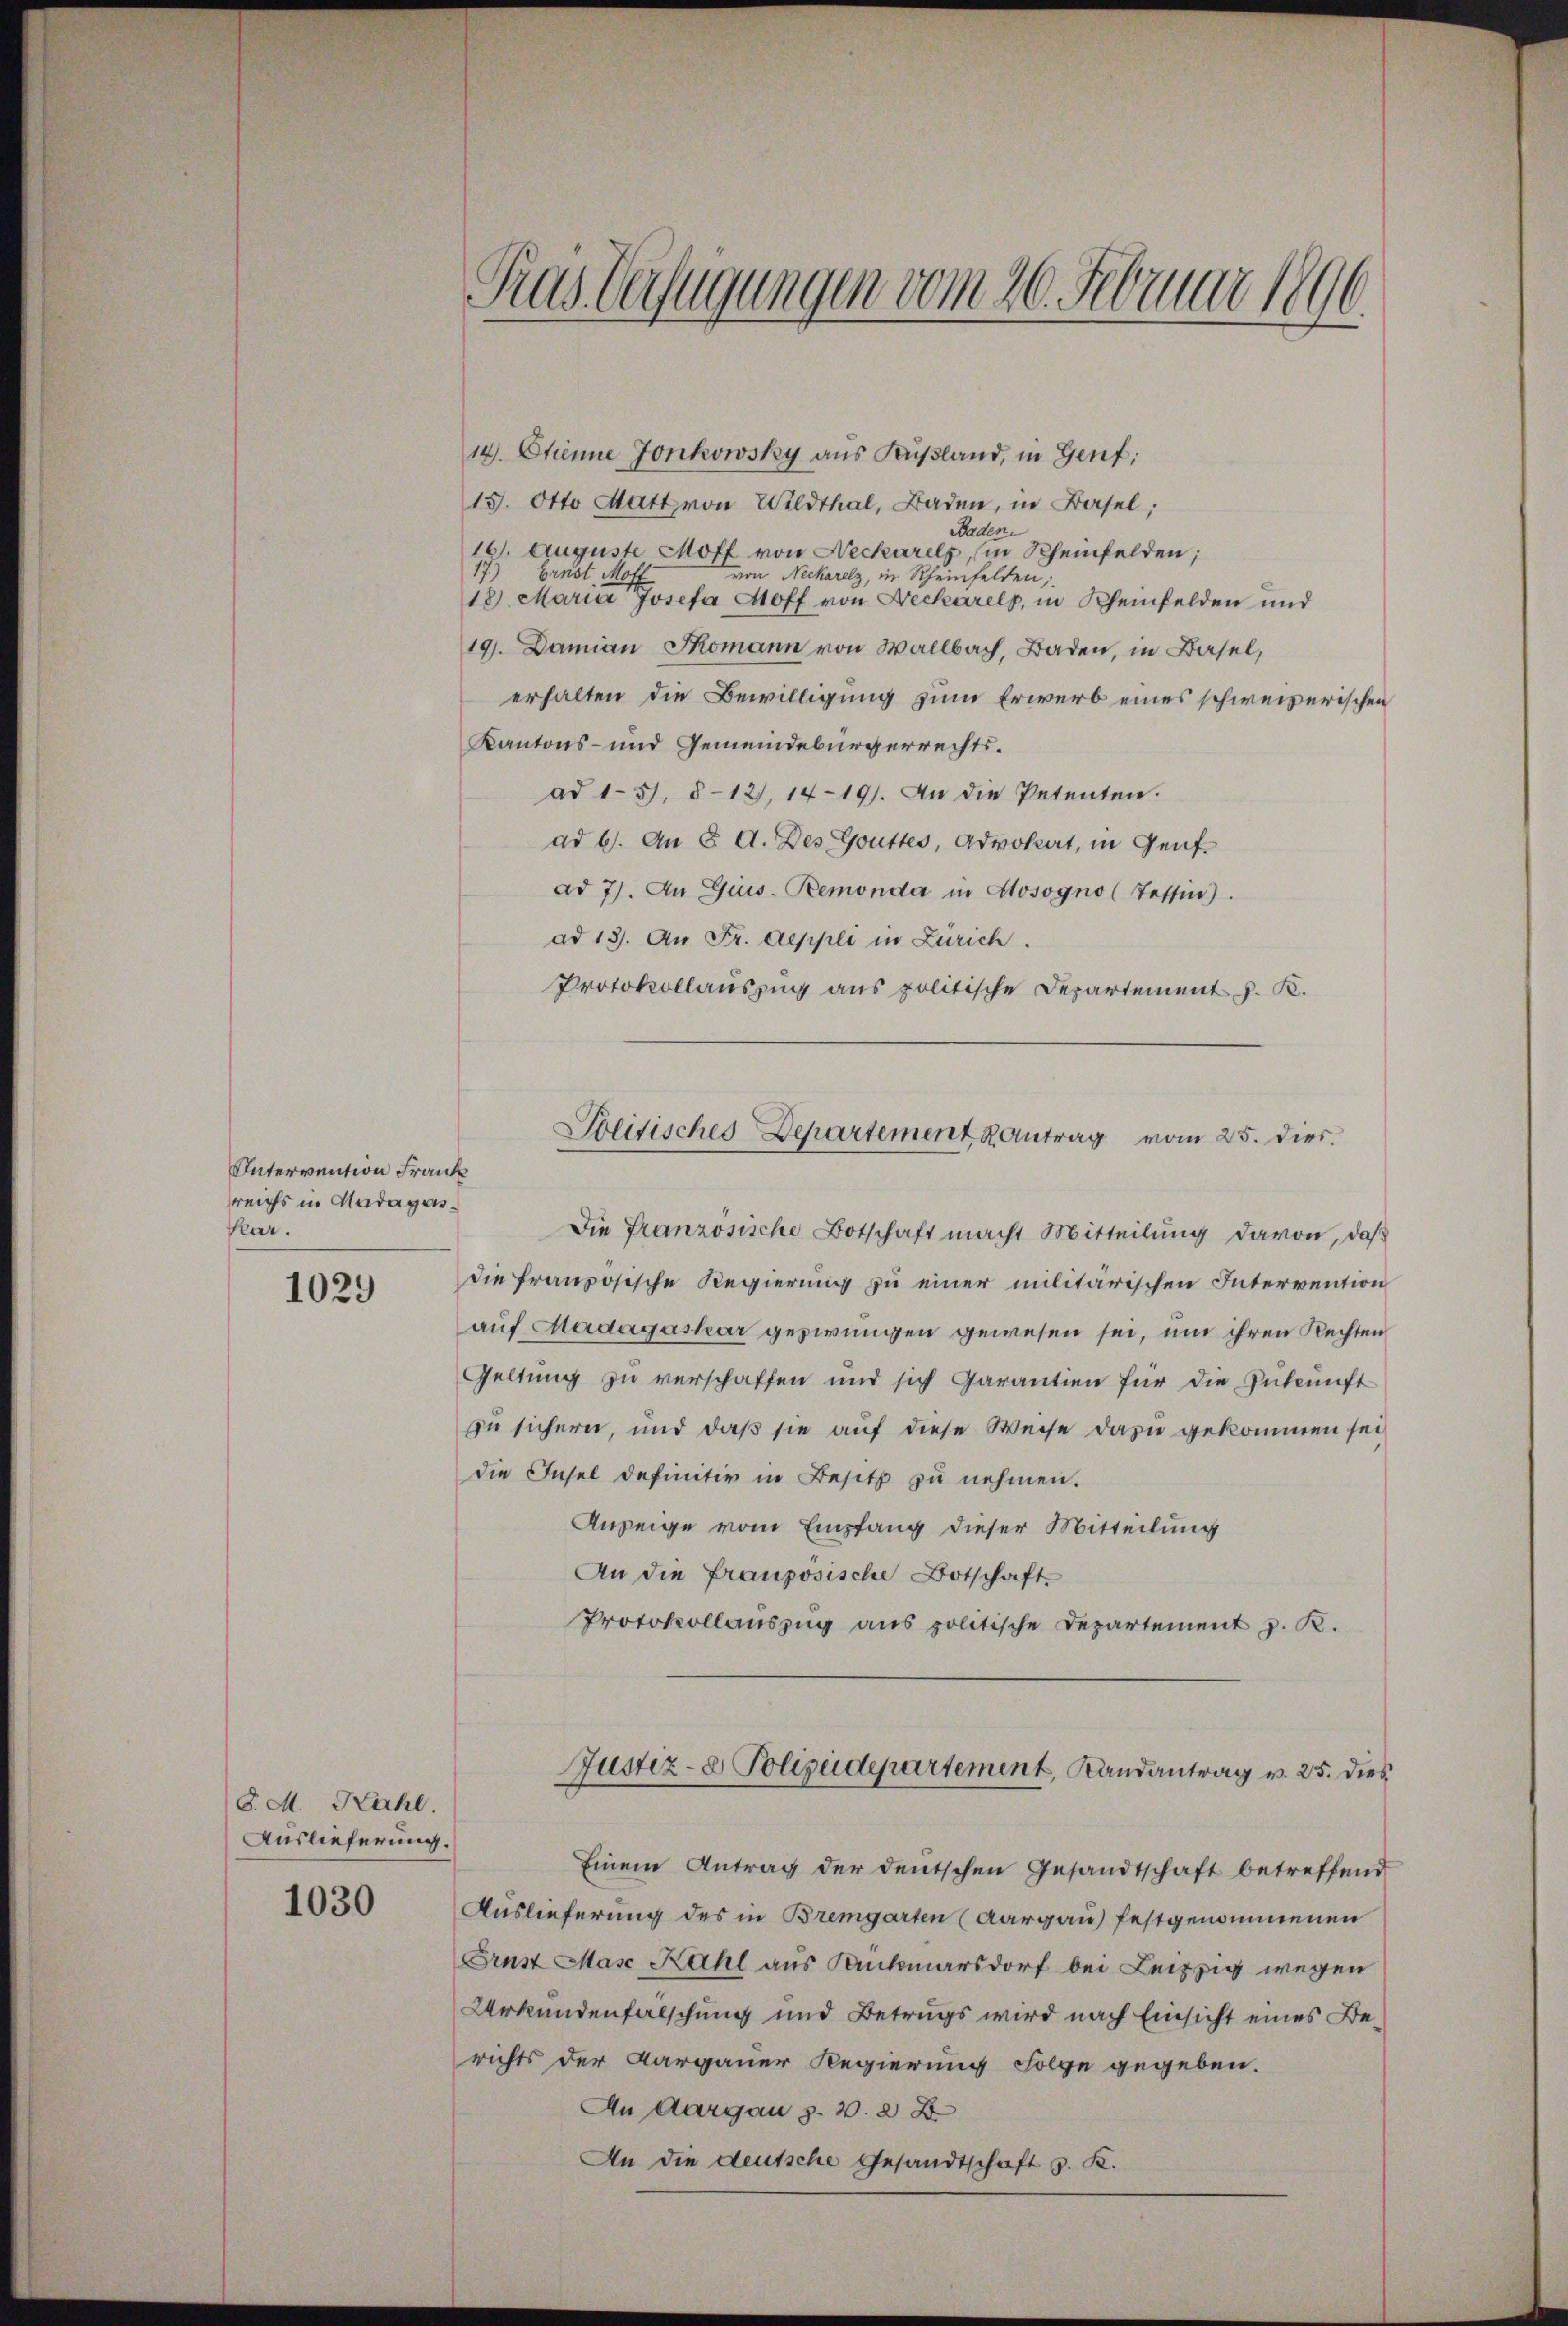
Intervention Frank
sreichs in Hadagas¬
Kar.

1029

S. M. Kahl.
Auslieferung.

1030

14. Stinne Jonkowsky aus Kußland, in Genf;
15. Otto Matt von Wildthal, Baden, in Basel;
Baden.
16. Auguste Moff von Neckarelz, (in Scheinfelden;
17.) Ernst Moff
von Neckarelz, in Rheinfelden,
18. Maria Josefa Hoff von Neckarels, in Rheinfelden und
19. Damian Ikomann von Wallbach, Baden, in Basel,
erhalten die Bewilligung zum Erwerb eines schweizerischen
Kantons- und Gemeindebürgerrechtsad 151. 812, 14-19). An die Petenten.
ad b. An 8. d. Des Gutter, Advokat, in Genf
ad 7). An Gius-Remonda in Hosogno (Tessin).
ad 13. An Fr. Aeppli in Zürich.
Protokollauszug aus politische Departement v. K.

Die französische Botschaft macht Mitteilung davon, daß
die französische Regierung zu einer militärischen Intervention
auf Madagaskar gesirungen gewesen sei, um ihren Rechten
Geltung zu verschaffen und sich Garantien für die Zukunft
zu sichern, und daß sie auf diese Weise dazu gekommen sei
die Insel definitiv in Besitz zu nehmen.
Anzeige vom Empfang dieser Mitteilung
An die französische Botschaft
Protokollauszug aus politische Departement z. K.

1
Pras Verfügungen vom 20. Februar 1890.

Wolitisches Departement antrag vom 25. dies.

Justiz- & Polizeidepartement, Landantrag v. 25. dies

Einem Antrag der deutschen Gesandtschaft betreffend
Auslieferung des in Bremgarten (Aargau) festgenommenen
Brust Mase Kahl aus Sankmarsdorf bei Leipzig wegen
Urkundenfalschung und Betrugs wird nach Einsicht eines Berichts der Aargauer Regierung Folge gegeben.
An Aargau s. v. 2 D
An die deutsche Gesandtschaft v. K.